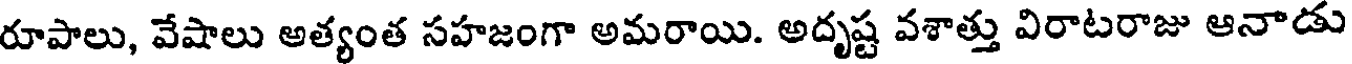
రూపాలు, వేషాలు అత్యంత సహజంగా అమరాయి. అదృష్ట వశాత్తు విరాటరాజు ఆనాడు